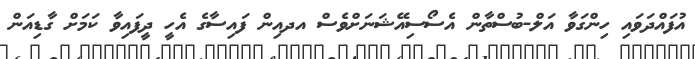
އުފައްދަވައި ހިންގަވާ އަލް-ބުސްތާން އެސޯސިއޭޝަނަށްވެސް އދއިން ފައިސާގެ އެހީ ދީފައިވާ ކަމަށް ގާޑިއަން